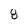
Character: 8